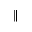
\parallel